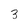
Character: 3